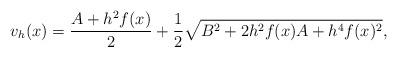
LaTeX: \begin{align*}v_h(x) =\frac{A + h^2f(x)}{2} + \frac{1}{2}\sqrt{B^2 + 2h^2f(x)A + h^4f(x)^2 },\end{align*}